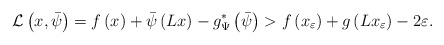
\begin{align*}\mathcal{L}\left(x,\bar{\psi}\right)=f\left(x\right)+\bar{\psi}\left(Lx\right)-g^{*}_\Psi\left(\bar{\psi}\right)>f\left(x_{\varepsilon}\right)+g\left(Lx_{\varepsilon}\right)-2\varepsilon.\end{align*}